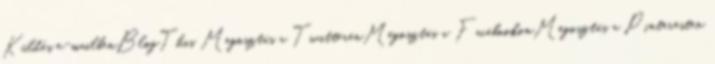
Küldés e-mailbenBlogThis Megosztás a TwitterenMegosztás a FacebookonMegosztás a Pinteresten